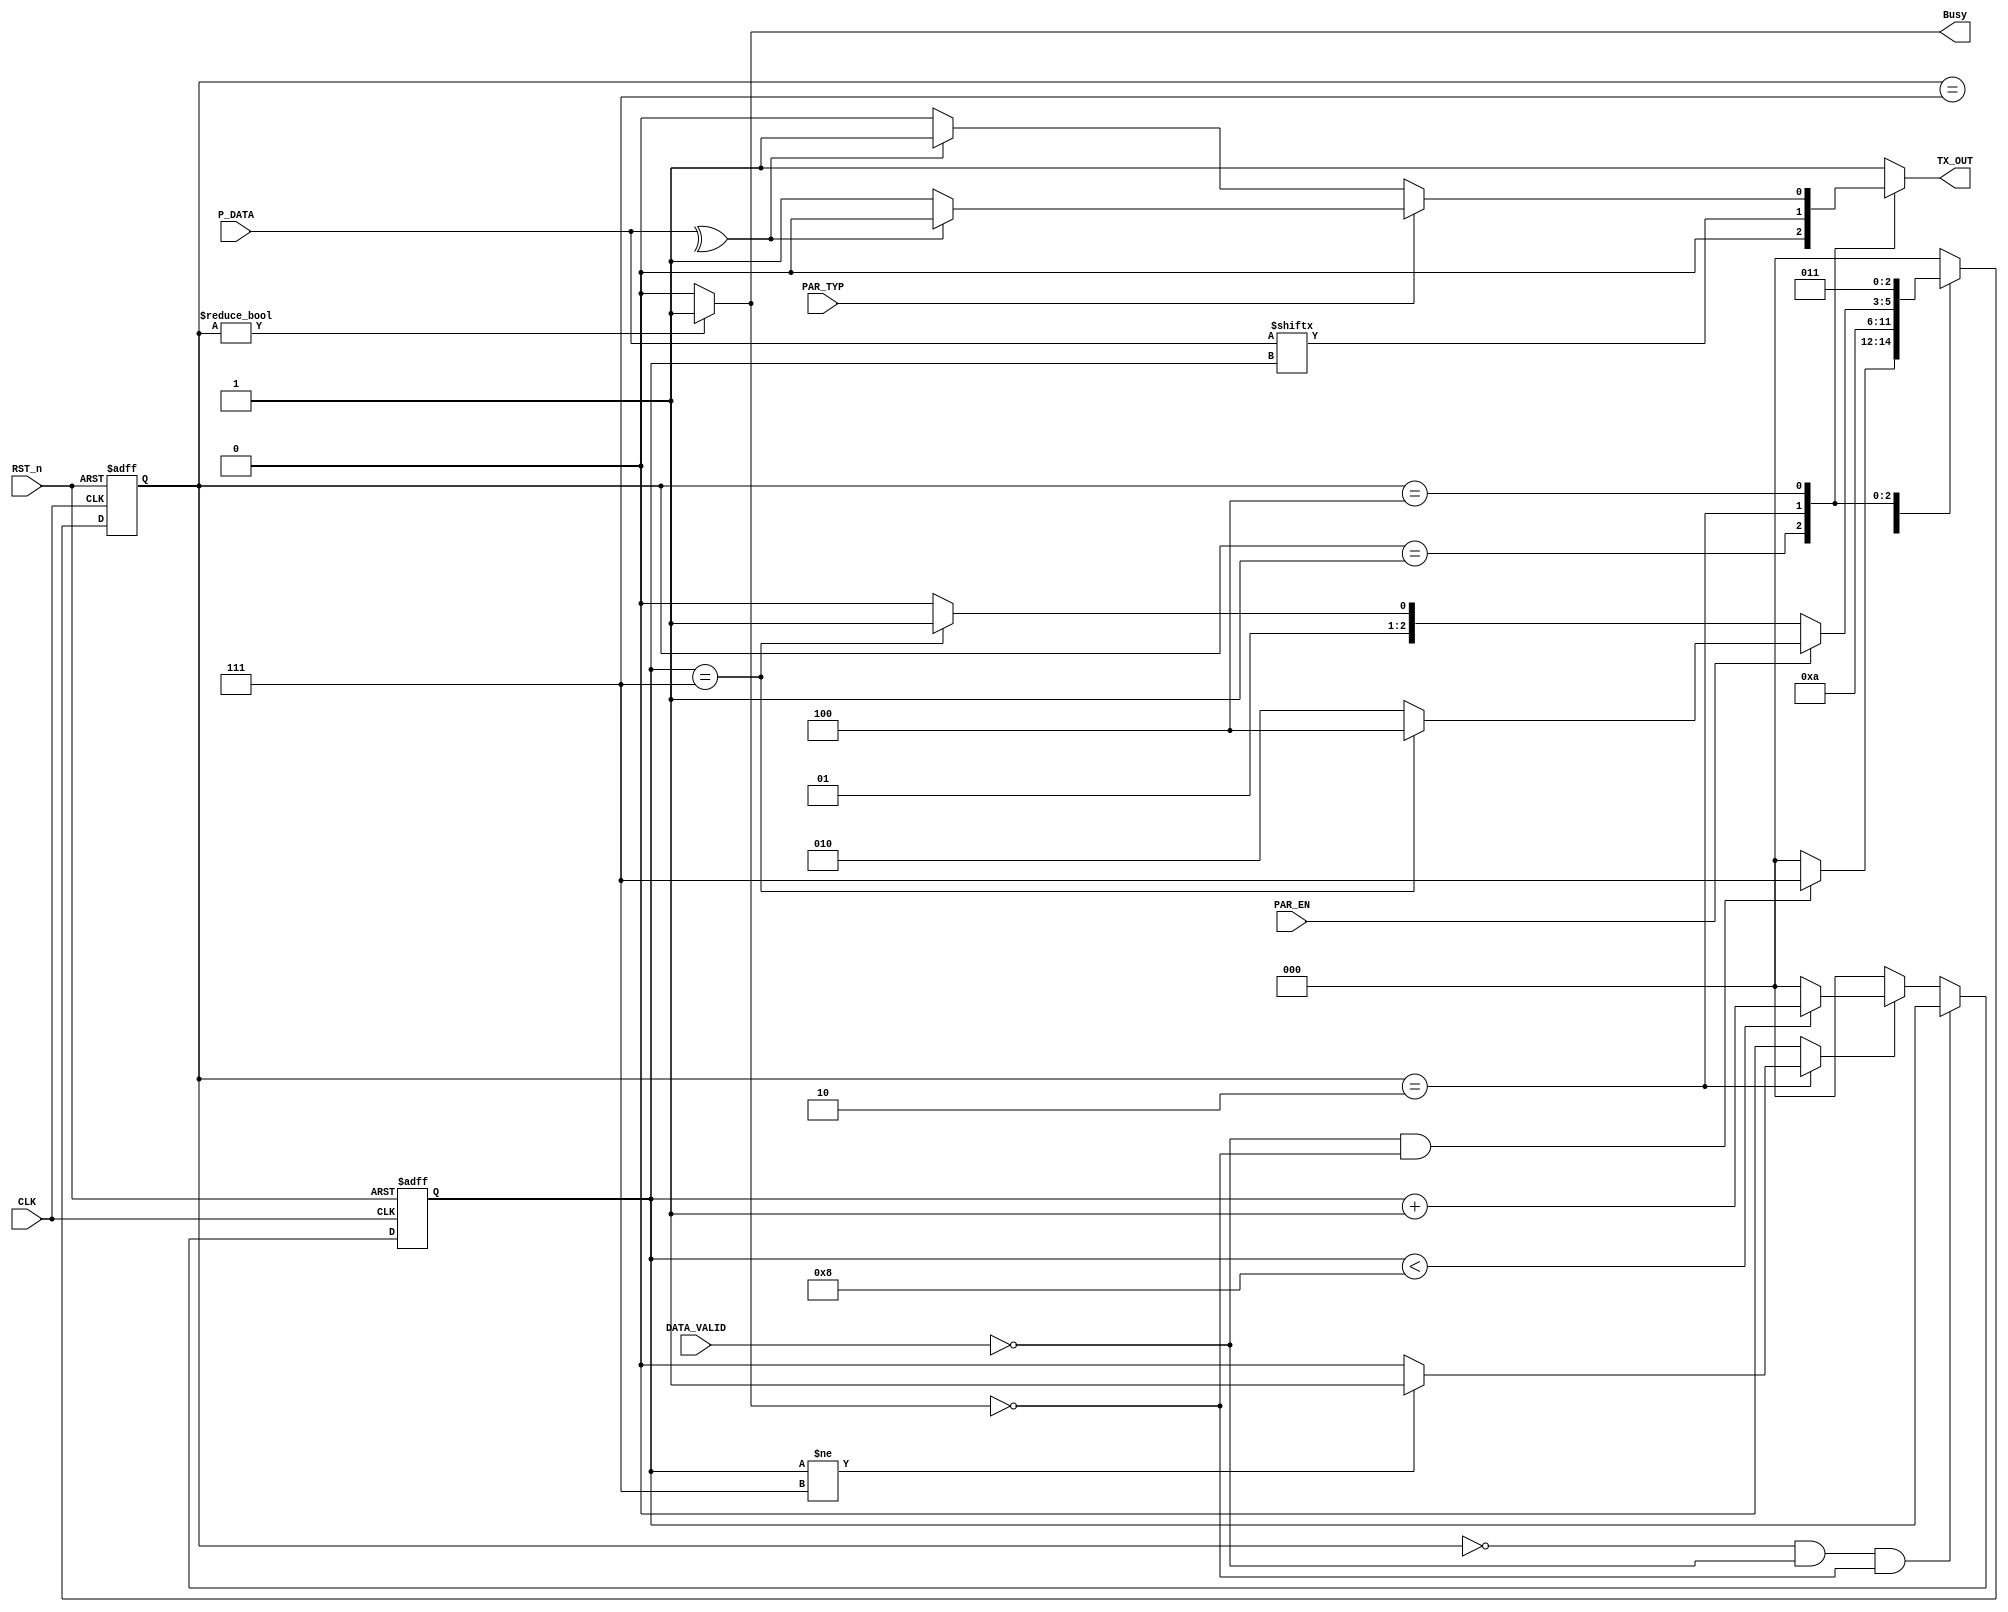
module UART_TX(

input 		   CLK			         ,
input 		   RST_n		         ,
input        [7:0]   P_DATA		 ,
input 		   PAR_EN		         ,
input 		   PAR_TYP		       ,
input 		   DATA_VALID	 	     ,

output reg   TX_OUT		         ,
output       Busy  
);


reg parity_value       ;

reg [2:0] current_state;
reg [2:0] next_state   ;
reg [2:0] Counter      ;
reg [7:0] p_data       ;


reg [7:0] shift_reg ;
reg shift_en ;


localparam IDLE     = 3'b000;
localparam START    = 3'b001;
localparam TRANSMIT = 3'b010;
localparam STOP     = 3'b011;
localparam PARITY   = 3'b100;
localparam GEDATA   = 3'b111;

always @(*) begin
  
    case (current_state)
     
     IDLE     : TX_OUT = 1'b1            ;
     GEDATA   : TX_OUT = 1'b1            ;
     START    : TX_OUT = 1'b0            ;
     TRANSMIT : TX_OUT = P_DATA[Counter] ;
     PARITY   : TX_OUT = parity_value    ;
     STOP     : TX_OUT = 1'b1            ;


    default : TX_OUT = 1'b1;
  endcase

end



assign serial_data = (RST_n) ? shift_reg[0] : 1'b1 ;
assign Busy        = (current_state != IDLE) ? 1'b1 : 1'b0;


always @(posedge CLK or negedge RST_n) begin
	if (!RST_n) begin
	current_state <= IDLE ;
	end

	else begin
    current_state <= next_state; 		
	end
end



always @(*)
begin

  case(current_state)

  IDLE : begin
               if(!DATA_VALID && !Busy)
                begin
                  next_state   = GEDATA;
                end

                else next_state = IDLE;
         end


GEDATA : next_state = START ;


 START : next_state = TRANSMIT;


 TRANSMIT: begin
             if(PAR_EN) begin 
               if(Counter == 'd7) next_state = PARITY;
               else next_state = TRANSMIT;
              end

              else begin
                 if (Counter == 'd7)
                  next_state = STOP;
                 else next_state = TRANSMIT;
              end
           end


PARITY : begin

         next_state = STOP ;

         end



STOP :    begin
               next_state = IDLE ;
           end


default : next_state = IDLE;



  endcase
end




always @(*)
begin

// Busy = 1'b1;
// TX_OUT     = 1'b1;
 // shift_en = 1'b0;

  case(current_state)

  IDLE : begin
         // Counter = 1'b0 ; 
         parity_value = 0;
         shift_en   = 0 ;
         
         end


  GEDATA : begin
                parity_value = 0;
         //       p_data  = P_DATA;
                shift_en = 1'b0;
           end


 START : begin
         parity_value = 0;
         //Busy = 1'b1;
 	       //TX_OUT = 1'b0;
         shift_en = 0 ;
       //  p_data   = 0 ;
 	 end



 TRANSMIT: begin
               parity_value = 0;
          //     p_data = P_DATA;
               if(Counter != 'd7)
                 begin
                 shift_en = 1'b1;
                 //TX_OUT = p_data[Counter] ;
                 end

               else if(PAR_EN)
                 begin
                 shift_en = 1'b0;
                // p_data = (PAR_TYP)? ((^p_data)? 1'b0: 1'b1) : ((^p_data)? 1'b1 : 1'b0);
                 end

               else begin
                shift_en = 1'b0;
                //p_data = 1'b1; 
                end
           end


 PARITY : begin
         // p_data = P_DATA ;
          parity_value = (PAR_TYP)? ((^P_DATA)? 1'b0: 1'b1) : ((^P_DATA)? 1'b1 : 1'b0);
          shift_en = 0;
          end
 



   STOP : begin
           //TX_OUT     = 1'b1;
           parity_value = 0;
           shift_en = 0;
           //p_data = P_DATA ;
          end        


   default : begin
               // Busy = 1'b1;
                //TX_OUT     = 1'b1;
                parity_value = 0;
            //    p_data  = 8'hFF;
                shift_en = 1'b0;
              end

  endcase


end



always @(posedge CLK or negedge RST_n) 
begin
	if (!RST_n) begin
		shift_reg <= 0;
		Counter   <= 0;
	end

	else if(current_state == IDLE && !DATA_VALID && !Busy)  shift_reg  <= P_DATA ;
	
	else if(shift_en) 
	begin
	    if(Counter < 'd8) 
	    begin
        Counter   <= Counter + 1'b1;
        end

        else
        begin
         Counter <= 1'b0;
        end

	end


	else Counter <= 1'b0;
end

endmodule






///////////////////////////////////////////////////////////////////////////
////////////////////////////TESTBENCH /////////////////////////////////////
///////////////////////////////////////////////////////////////////////////




// `timescale 1ns/10ps

// module UART_TX_tb;

// ////////////////////////////////////////
// //////////// PARAMETERS ////////////////
// ////////////////////////////////////////

// parameter CLOCK_PERIOD    = 5 ; 
// parameter TEST_CASES      = 5 ;

// // parameter Parity_En_ODD   = 00;  
// // parameter Parity_En_EVEN  = 01;
// // parameter Parity_Disabled = 10;

// ////////////////////////////////////////
// ////////// DATA SIGNALS ////////////////
// ////////////////////////////////////////

// reg        CLK_tb        ;
// reg        RST_n_tb          ;
// reg  [7:0]     P_DATA_tb         ;
// reg        PAR_EN_tb       ;
// reg        PAR_TYP_tb      ;
// reg          DATA_VALID_tb     ;

// wire           TX_OUT_tb       ;
// wire           Busy_tb             ;


// integer         i                  ;
// integer         j                  ;
// integer         k                  ;
// integer         n                  ;
// integer         m                  ;
// integer         s                  ;


// reg  [1:0]     Parity_Status       ;

// ////////////////////////////////////////
// ////////////// DUT /////////////////////
// ////////////////////////////////////////


// UART_TX Dut(

// .CLK        (CLK_tb)        ,
// .RST_n    (RST_n_tb)        ,
// .P_DATA   (P_DATA_tb)       ,
// .PAR_EN   (PAR_EN_tb)       ,
// .PAR_TYP  (PAR_TYP_tb)    ,
// .DATA_VALID (DATA_VALID_tb)   ,
// .TX_OUT   (TX_OUT_tb)       ,
// .Busy       (Busy_tb)
// );


// ///////////////////////////////////////
// ////////////// MEMORIES ///////////////
// ///////////////////////////////////////

// reg [7:0]  Data_seeds    [TEST_CASES-1 : 0];

// reg [10:0] Expected_out_odd_parity  [TEST_CASES-1 : 0];
// reg [10:0] Expected_out_even_parity  [TEST_CASES-1 : 0];
// reg [10:0] Expected_out_no_parity  [TEST_CASES-1 : 0];

// ///////////////////////////////////////
// ////////// CLOCK GENERATION ///////////
// ///////////////////////////////////////

// initial begin
// CLK_tb = 0 ;
// forever #(CLOCK_PERIOD/2) CLK_tb = ~ CLK_tb ; 
// end

// ////////////////////////////////////////
// /////////////// READ DATA //////////////
// ////////////////////////////////////////

// initial begin

// $readmemh("Data_h.txt",Data_seeds);
// $readmemh("Expec_out_odd_parity_h.txt" ,Expected_out_odd_parity);
// $readmemh("Expec_out_even_parity_h.txt",Expected_out_even_parity);
// $readmemh("Expec_out_no_parity_h.txt"  ,Expected_out_no_parity);



// initialize();
// reset()     ;

// ///////// PARITY ODD ENABLED ////////////////
// for(i = 0 ; i < TEST_CASES ; i = i + 1)
// begin
// @(negedge CLK_tb);
// transmit  (Data_seeds[i],2'b00);
// check_out (Expected_out_odd_parity[i],2'b00);
// end

// $display("-----------------------------------------------");
// #(CLOCK_PERIOD);


// ///////// PARITY EVEN ENABLED ////////////////
// for(j = 0 ; j < TEST_CASES ; j = j + 1)
// begin
// @(negedge CLK_tb);
// transmit  (Data_seeds[j],2'b01);
// check_out (Expected_out_even_parity[j],2'b01);
// end 

// $display("-----------------------------------------------");
// #(CLOCK_PERIOD);


// ///////// PARITY DISABLED ////////////////////
// for(k = 0 ; k < TEST_CASES ; k = k + 1)
// begin
// @(negedge CLK_tb);
// transmit  (Data_seeds[k],2'b10);
// check_out (Expected_out_no_parity[k],2'b10);
// end 

// $display("-----------------------------------------------");
// #(3*CLOCK_PERIOD) $stop;

// end

// ////////////////////////////////////////
// ///////////////// RESET ////////////////
// ////////////////////////////////////////

// task reset;
// begin
// RST_n_tb = 0;
// repeat(2)@(negedge CLK_tb);
// RST_n_tb = 1;
// end
// endtask

// /////////////////////////////////////////
// ///////////// INITIALIZATION ////////////
// /////////////////////////////////////////

// task initialize;
// begin
// P_DATA_tb     = 0;
// DATA_VALID_tb = 0;
// PAR_EN_tb     = 0;
// PAR_TYP_tb    = 0;
// end
// endtask


// //////////////////////////////////////////
// //////////// TRANSMIT OPERATION //////////
// //////////////////////////////////////////

// task transmit(input [7:0] P_DATA_in , input [1:0] parity_Status_in);

// begin
//  case (parity_Status_in)

//   2'b00: begin
//      P_DATA_tb  = P_DATA_in;
//      PAR_TYP_tb = 1        ;     // ODD PARITY
//      PAR_EN_tb  = 1'b1    ;     // PARITY ENABLE

//       @(negedge CLK_tb) DATA_VALID_tb = 1;

//       #(CLOCK_PERIOD) DATA_VALID_tb = 0;
//      end


//   2'b01: begin
//      P_DATA_tb = P_DATA_in;
//      PAR_TYP_tb  = 1'b0   ;     // Even PARITY
//      PAR_EN_tb   = 1'b1   ;     // PARITY ENABLE
          
//          @(negedge CLK_tb) DATA_VALID_tb = 1;

//      #(CLOCK_PERIOD) DATA_VALID_tb = 0;
//          end    


//   2'b10: begin
//      P_DATA_tb = P_DATA_in;
//      PAR_TYP_tb  = 1'b1   ;     // No PARITY
//      PAR_EN_tb   = 1'b0   ;     // PARITY Disabled

//      @(negedge CLK_tb) DATA_VALID_tb = 1;

//      #(CLOCK_PERIOD) DATA_VALID_tb = 0;
//          end    

// endcase

// end
// endtask


// //////////////////////////////////////////
// //////////// CHECK OPERATION /////////////
// //////////////////////////////////////////


// task check_out(input [10:0] data_expected , input [1:0] parity_Status_in);

// reg [10:0] data_collect_with_parity;
// reg [9:0]  data_collect_no_parity;

// begin

// @(posedge CLK_tb);

// case (parity_Status_in)

//   2'b00: begin
//        for(n = 0 ; n < 11 ; n = n + 1)
//        begin
//          data_collect_with_parity [n] = TX_OUT_tb;
//          @(posedge CLK_tb); 
//        end

//        if(data_collect_with_parity == data_expected) $display("TEST SUCCEEDED");
//        else $display("TEST FAILED");
//      end


//   2'b01: begin
//            for(m = 0 ; m < 11 ; m = m + 1)
//        begin
//           data_collect_with_parity[m] = TX_OUT_tb;
//           @(posedge CLK_tb);  
//        end

//        if(data_collect_with_parity == data_expected) $display("TEST SUCCEEDED");
//        else $display("TEST FAILED");
//          end    


//   2'b10: begin
//            for(s = 0 ; s < 10 ; s = s + 1)
//        begin
//           data_collect_no_parity[s] = TX_OUT_tb;
//           @(posedge CLK_tb);    
//        end

//        if(data_collect_no_parity == data_expected) $display("TEST SUCCEEDED");
//            else $display("TEST FAILED");
//          end  

//   endcase
//  end
// endtask


// endmodule